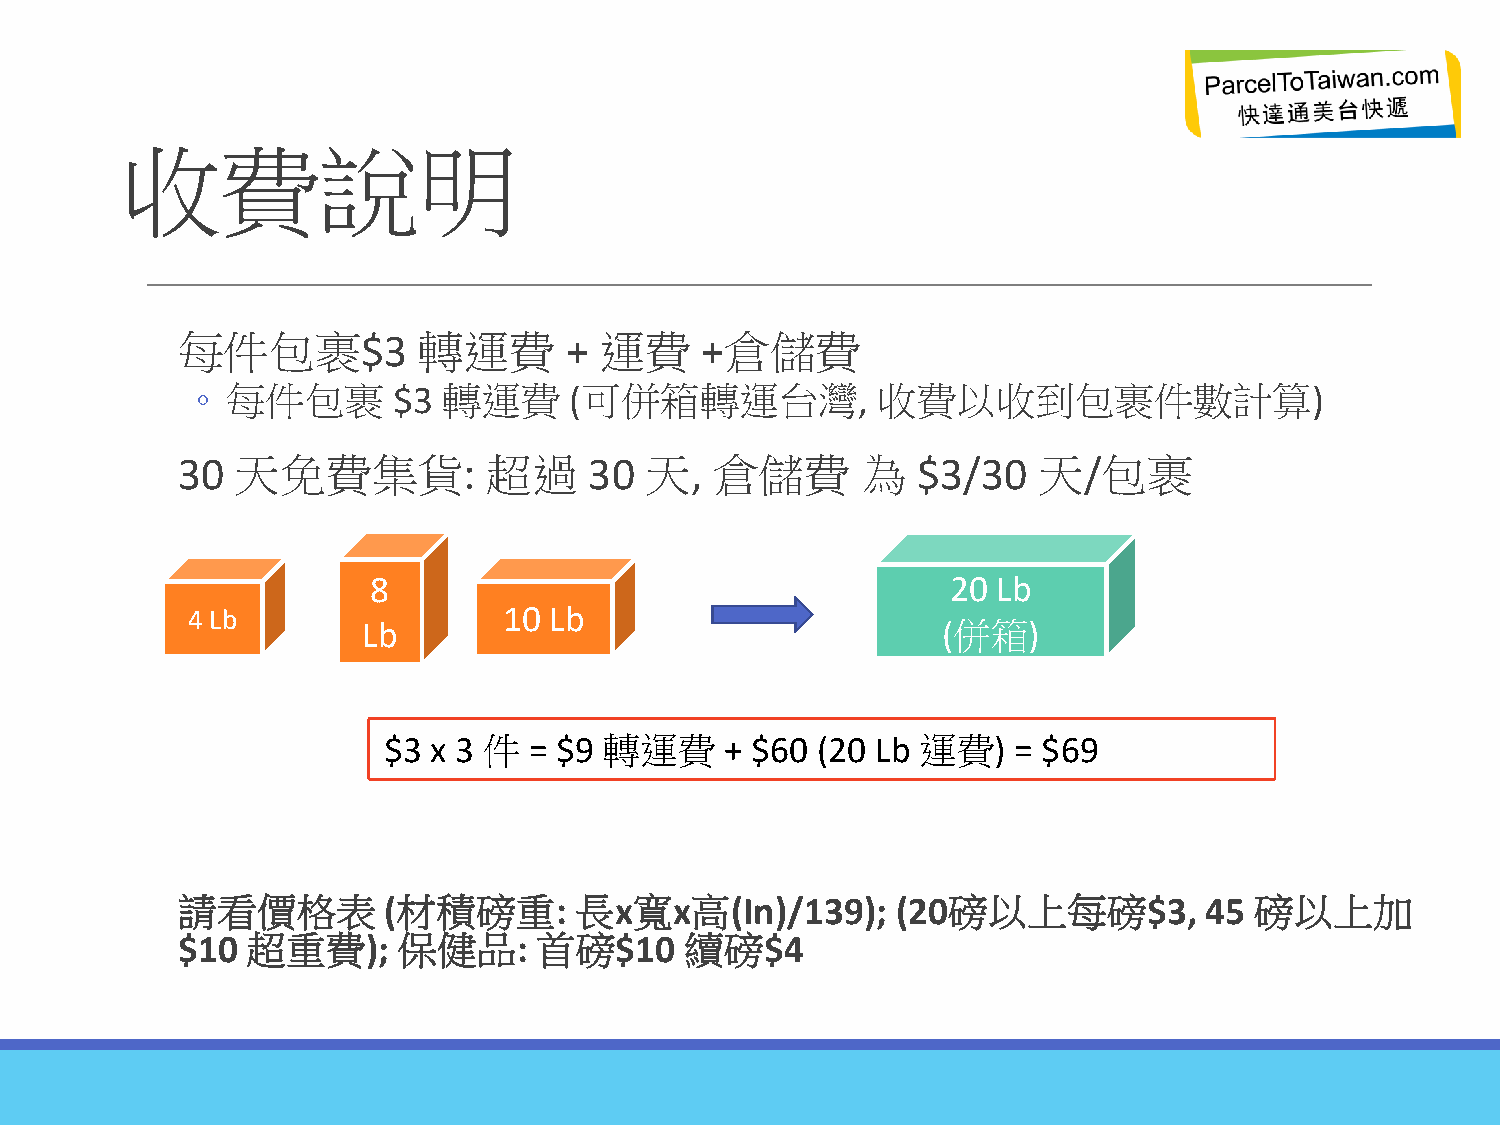
收費說明
 每件包裹$3          轉運費      +  運費    +倉儲費
 ◦ 每件包裹       $3 轉運費      (可併箱轉運台灣,           收費以收到包裹件數計算)
 30  天免費集貨:          超過     30  天,  倉儲費       為   $3/30   天/包裹
 8                                     20 Lb
 4 Lb                 10 Lb
 Lb                                    (併箱)
 $3 x 3 件  = $9 轉運費     + $60 (20 Lb 運費)   = $69
 請看價格表        (材積磅重:       長x寬x高(In)/139);      (20磅以上每磅$3,          45 磅以上加
 $10 超重費);     保健品:     首磅$10     續磅$4